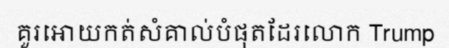
គួរអោយកត់សំគាល់បំផុតដែរលោក Trump